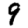
Digit: 9